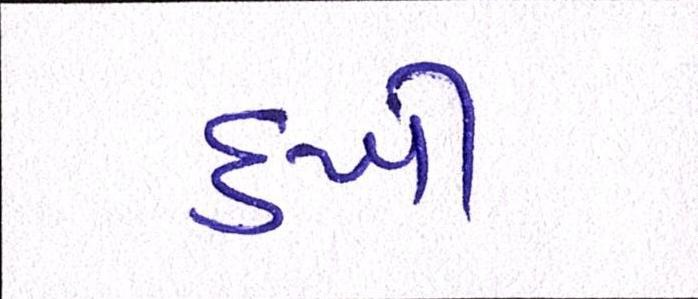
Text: દુખી